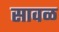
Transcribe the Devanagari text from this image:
सावळ